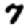
Digit: 7